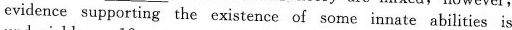
evidence supporting the existence of some innate abilities is